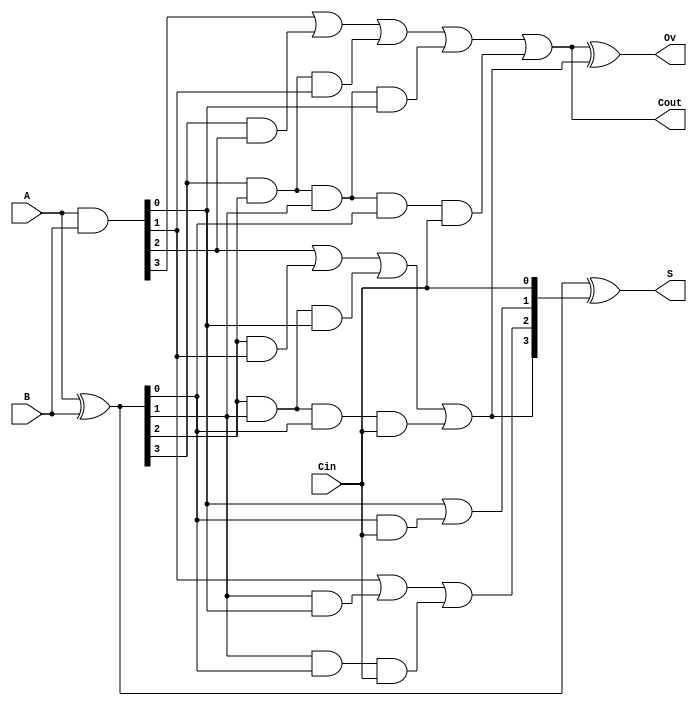

/////////////////////////////////////////////////////////////////////////////////////////////////////////////////
//	Carry Look-Ahead Adder
module CLA_4bit(S, Cout, Ov, A, B, Cin);

input [3:0] A, B;
input Cin;

output [3:0] S;
output Cout, Ov;

wire [3:0] g, p, c;

assign g = A & B;
assign p = A ^ B;

assign c[0] = Cin;
assign c[1] = g[0] | (p[0] & c[0]);
assign c[2] = g[1] | (p[1] & g[0]) | (p[1] & p[0] & c[0]);
assign c[3] = g[2] | (p[2] & g[1]) | (p[2] & p[1] & g[0]) | (p[2] & p[1] & p[0] & c[0]);

assign Cout = g[3] | (p[3] & g[2]) | (p[3] & p[2] & g[1]) | (p[3] & p[2] & p[1] & g[0]) |(p[3] & p[2] & p[1] & p[0] & c[0]);

assign S = p ^ c;
assign Ov = Cout ^ c[3];

endmodule